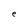
Character: e